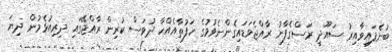
ބުނެފައިވާއިރު ސައޫދީ ރަސްގެފާނު ރާއްޖެވަޑައިގެންނެވުމުގެ ހަފުތާއެއްހާ ދުވަސް ކުރިން ރާއްޖޭގައި ދިރިއުޅެމުން ދިޔަ